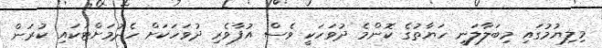
މިލިޔުމުގައި މިބަލާލަނީ ހަޔާތުގެ ކޮންމެ ދުވަހަކީ ވެސް އުފާވެރި ދުވަހަކަށް ހެދުމަށްޓަކައި ކުރަން